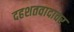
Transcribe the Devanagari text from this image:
दहशतवादावर